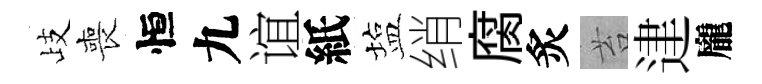
歧喪恒九谊紙塩绡腐炙苔䢖龐